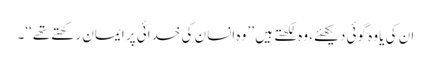
ان کی یا وہ گوئی دیکھئے، وہ لکھتے ہیں ’’ وہ انسان کی خدائی پر ایمان رکھتے تھے ‘‘۔